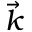
\Vec { k }